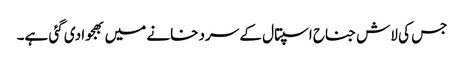
جس کی لاش جناح اسپتال کے سرد خانے میں بھجوا دی گئی ہے۔